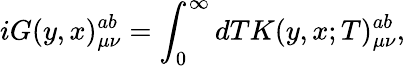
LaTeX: iG(y,x)_{\mu\nu}^{ab}=\int_{0}^{\infty}{dTK(y,x;T)_{\mu\nu}^{ab}},